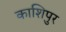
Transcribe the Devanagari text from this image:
काशिपुर